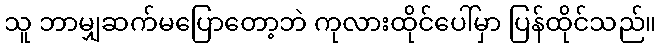
သူ ဘာမျှဆက်မပြောတော့ဘဲ ကုလားထိုင်ပေါ်မှာ ပြန်ထိုင်သည်။